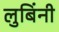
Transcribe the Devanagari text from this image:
लुबिंनी